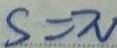
S = \pi